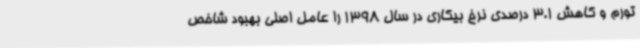
تورم و کاهش 3.1 درصدی نرخ بیکاری در سال 1398 را عامل اصلی بهبود شاخص